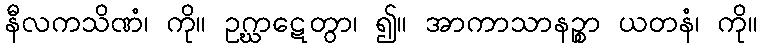
နီလကသိဏံ၊ ကို။ ဥဂ္ဃာဋေတွာ၊ ၍။ အာကာသာနဉ္စာ ယတနံ၊ ကို။